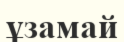
ұзамай